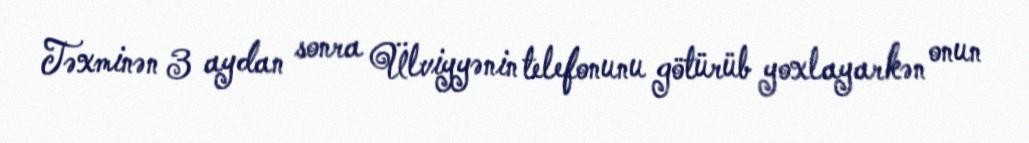
Təxminən 3 aydan sonra Ülviyyənin telefonunu götürüb yoxlayarkən onun